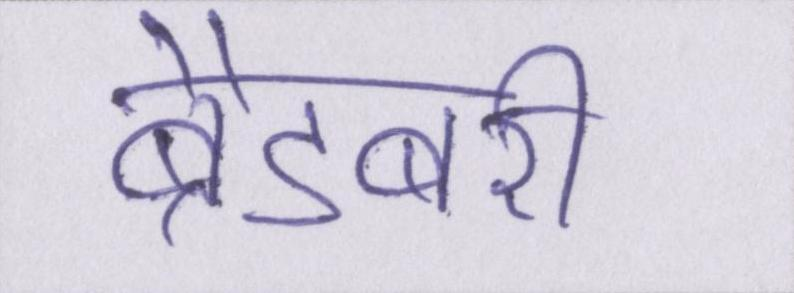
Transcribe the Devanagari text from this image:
ब्रैडबरी